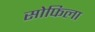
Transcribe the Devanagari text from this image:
सोफिला